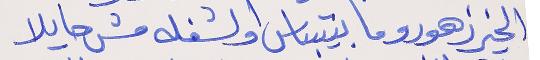
الخير زهورو ما بتيباس      او لشغله مش حايلا